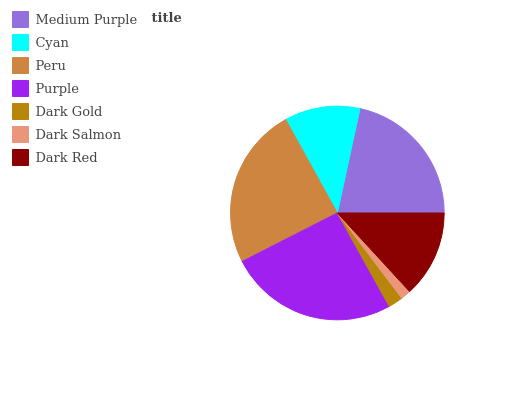
| Medium Purple | Cyan | Peru | Purple | Dark Gold | Dark Salmon | Dark Red |
 | --- | --- | --- | --- | --- | --- | --- |
 | 21.6% | 11.4% | 24.5% | 25.6% | 2.23% | 1.53% | 13.1% |